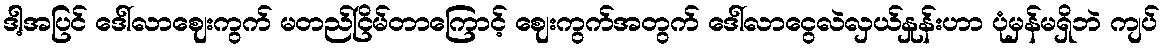
ဒါ့အပြင် ဒေါ်လာဈေးကွက် မတည်ငြိမ်တာကြောင့် ဈေးကွက်အတွက် ဒေါ်လာငွေလဲလှယ်နှုန်းဟာ ပုံမှန်မရှိဘဲ ကျပ်